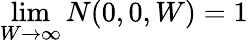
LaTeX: \operatorname*{lim}_{W\to\infty}N(0,0,W)=1